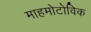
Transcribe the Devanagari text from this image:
माहमोटोविक